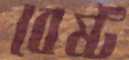
বেষ্ট